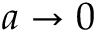
a \rightarrow 0